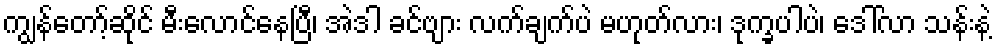
ကျွန်တော့်ဆိုင် မီးလောင်နေပြီ၊ အဲဒါ ခင်ဗျား လက်ချက်ပဲ မဟုတ်လား၊ ဒုက္ခပါပဲ၊ ဒေါ်လာ သန်းနဲ့